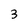
Character: 3